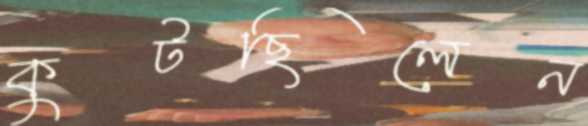
কুটছিলেন